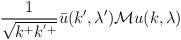
LaTeX: \begin{align*}\frac{1}{\sqrt{k^+k^{'+}}}\bar{u}(k',\lambda') {\cal M} u(k,\lambda)\end{align*}